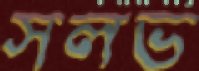
সলভ